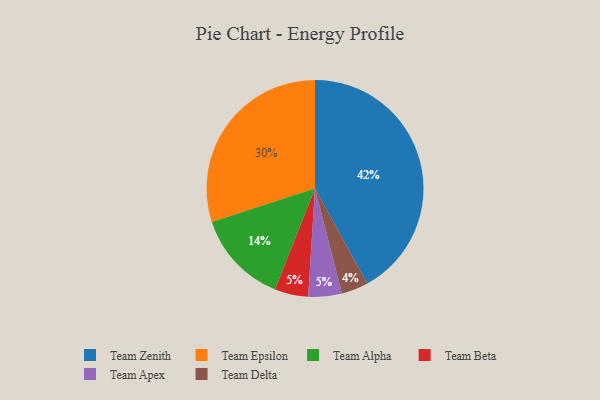
{"axis": {"x": "Category", "y": "Percentage"}, "legend": ["Team Alpha", "Team Apex", "Team Beta", "Team Delta", "Team Epsilon", "Team Zenith"], "data": [{"x": "Team Alpha", "y": 14, "type": "Team Alpha"}, {"x": "Team Beta", "y": 5, "type": "Team Beta"}, {"x": "Team Epsilon", "y": 30, "type": "Team Epsilon"}, {"x": "Team Delta", "y": 4, "type": "Team Delta"}, {"x": "Team Apex", "y": 5, "type": "Team Apex"}, {"x": "Team Zenith", "y": 42, "type": "Team Zenith"}]}